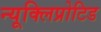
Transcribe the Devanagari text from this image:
न्यूक्लिप्रोटिड